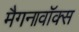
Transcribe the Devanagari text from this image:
मैगनावॉक्स